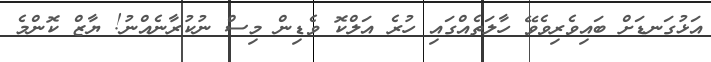
އަޅުގަނޑަށް ބައިވެރިވެވޭ ހާލަތެެއްގައި ހުރެ އަލްކޮ ވެޑިން މިސް ނުކުރާނެއްނު! ޔާޒް ކޮންމެ